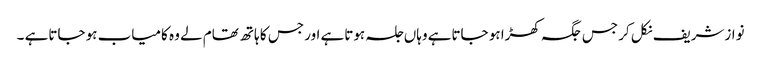
نوازشریف نکل کر جس جگہ کھڑا ہو جاتاہے وہاں جلسہ ہوتاہے اور جس کا ہاتھ تھام لے وہ کامیاب ہو جاتاہے ۔